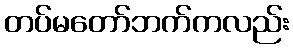
တပ်မတော်ဘက်ကလည်း